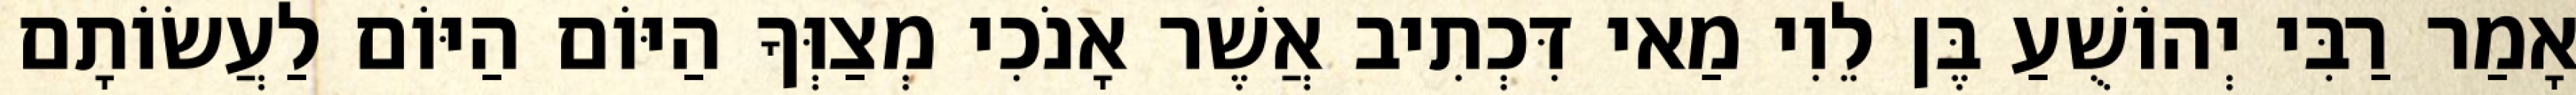
אָמַר רַבִּי יְהוֹשֻׁעַ בֶּן לֵוִי מַאי דִּכְתִיב אֲשֶׁר אָנֹכִי מְצַוְּךָ הַיּוֹם הַיּוֹם לַעֲשׂוֹתָם